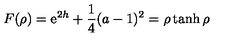
F ( \rho ) = \mathrm { e } ^ { 2 h } + \frac { 1 } { 4 } ( a - 1 ) ^ { 2 } = \rho \tanh \rho